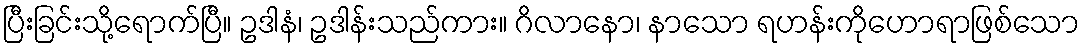
ပြီးခြင်းသို့ရောက်ပြီ။ ဥဒါနံ၊ ဥဒါန်းသည်ကား။ ဂိလာနော၊ နာသော ရဟန်းကိုဟောရာဖြစ်သော